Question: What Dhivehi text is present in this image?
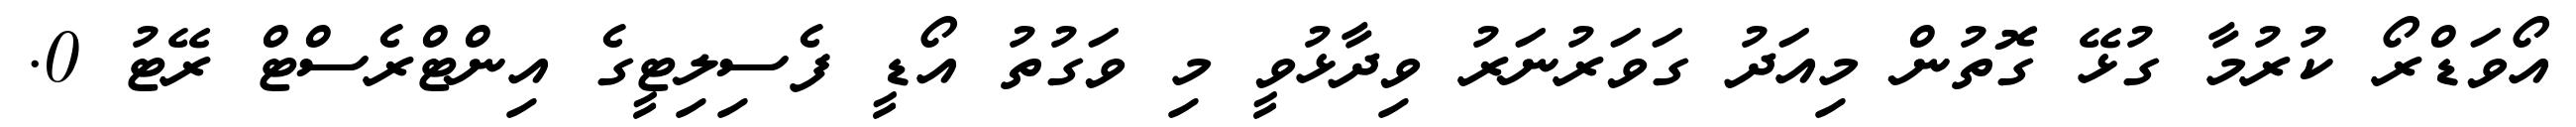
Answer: އޯވަޑްރޯ ކުރުމާ ގުޅޭ ގޮތުން މިއަދު ގަވަރުނަރު ވިދާޅުވީ މި ވަގުތު އޯޑީ ފެސިލިޓީގެ އިންޓްރެސްޓް ރޭޓު 0.